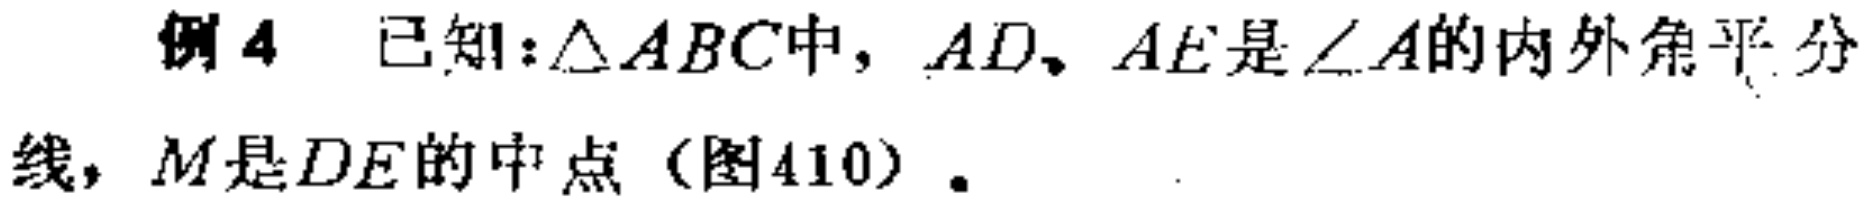
例4 已知：\(\triangle ABC\)中，\(AD、AE\)是\(\angle A\)的内外角平分线，\(M\)是\(DE\)的中点（图410）.